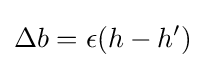
\Delta b=\epsilon (h-h')